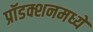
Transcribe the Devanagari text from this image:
प्रॉडक्शनमध्ये